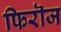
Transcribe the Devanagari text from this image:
फिरॊज